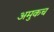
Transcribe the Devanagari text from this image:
अमुकच